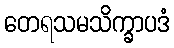
တေရသမသိက္ခာပဒံ